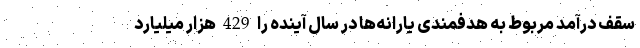
سقف درآمد مربوط به هدفمندی یارانه‌ها در سال آینده را 429 هزار میلیارد